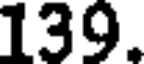
139.